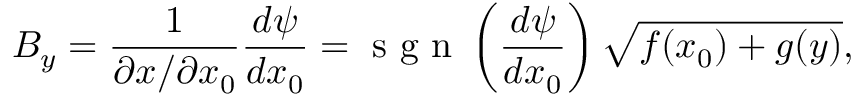
B _ { y } = \frac { 1 } { \partial x / \partial x _ { 0 } } \frac { d \psi } { d x _ { 0 } } = \mathrm { ~ s ~ g ~ n ~ } \left( \frac { d \psi } { d x _ { 0 } } \right) \sqrt { f ( x _ { 0 } ) + g ( y ) } ,